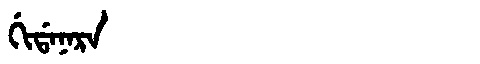
Manchu: ᡤᡳᡩᠠᠨᠠᡵᠠ
Romanization: GIDANARA